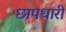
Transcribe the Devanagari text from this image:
छापधारी